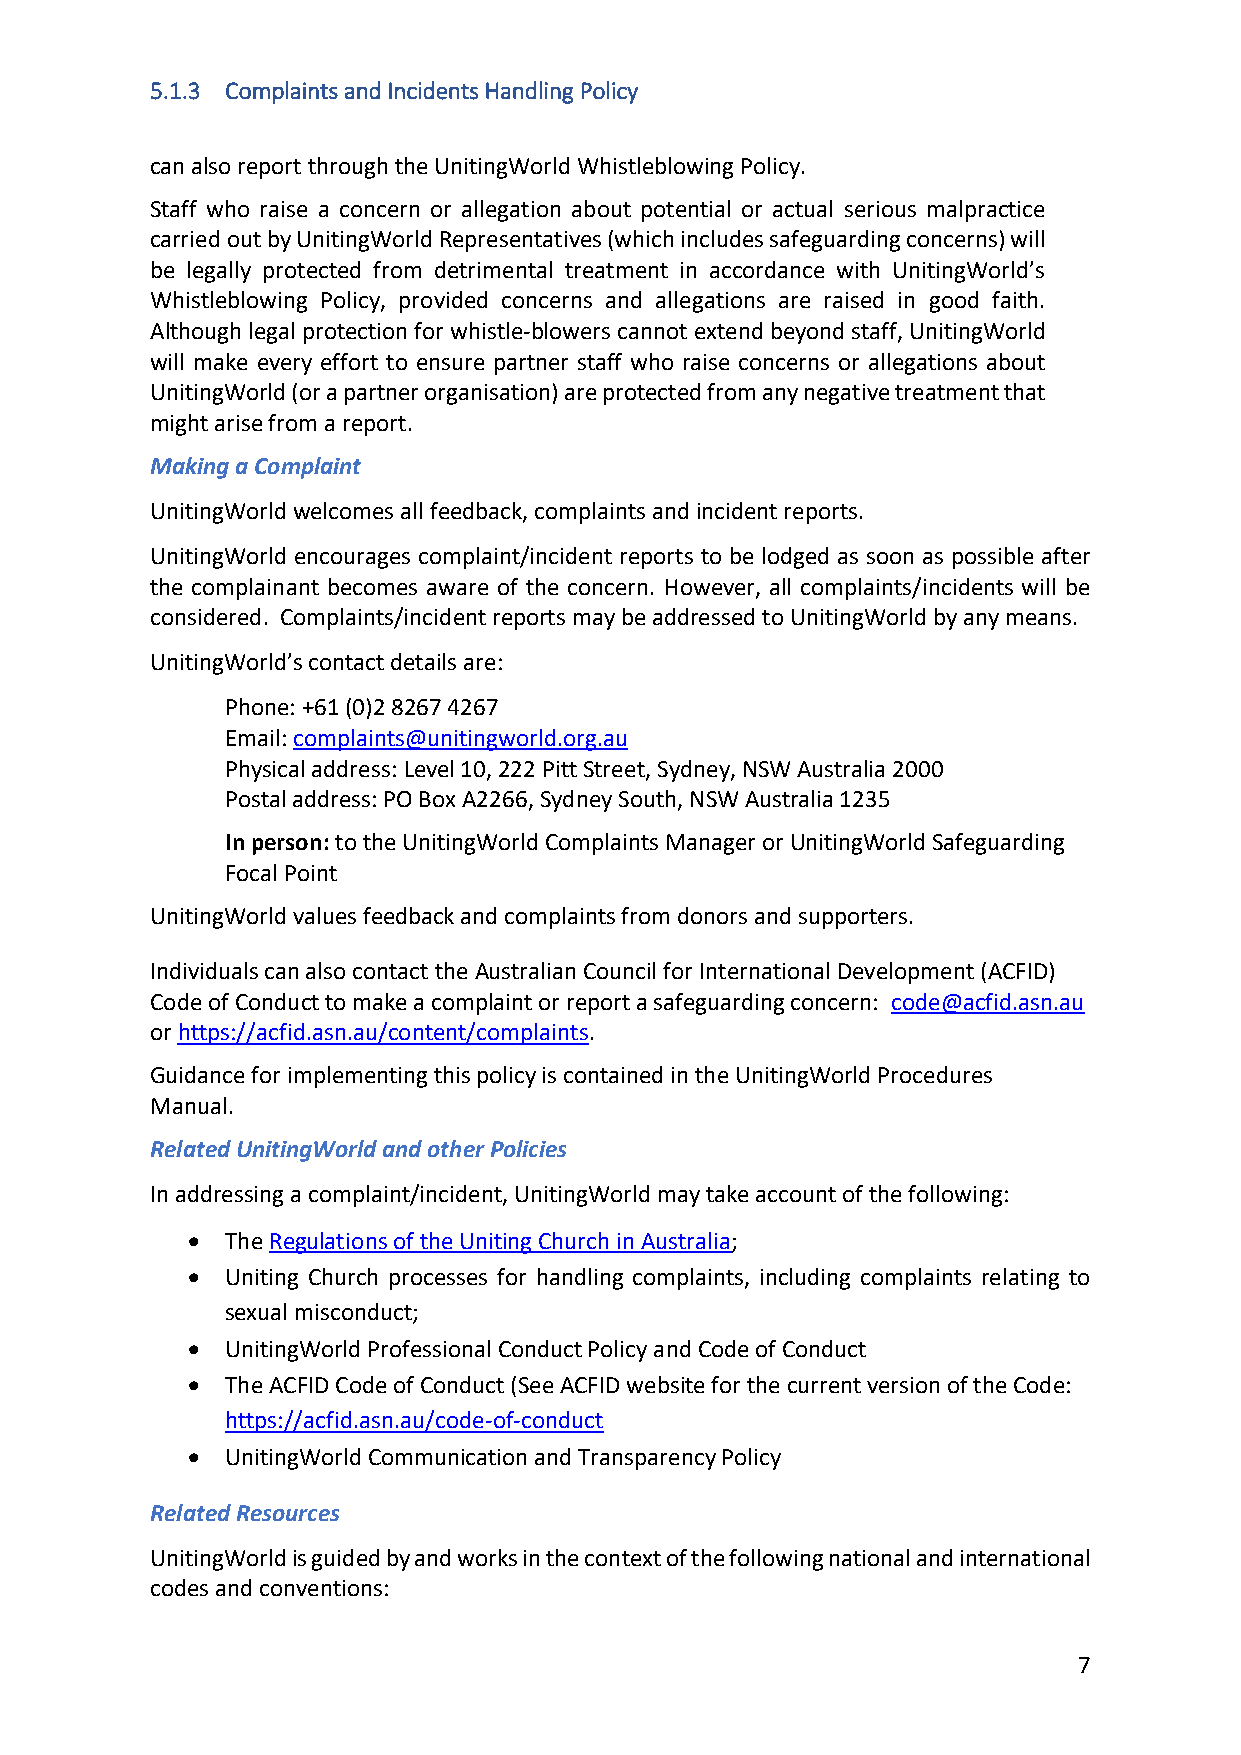
5.1.3 Complaints and Incidents Handling Policy
 can also report through the UnitingWorld Whistleblowing Policy.
 Staff who raise a concern or allegation about potential or actual serious malpractice
 carried out by UnitingWorld Representatives (which includes safeguarding concerns) will
 be legally protected from detrimental treatment in accordance with UnitingWorld’s
 Whistleblowing Policy, provided concerns and allegations are raised in good faith.
 Although legal protection for whistle-blowers cannot extend beyond staff, UnitingWorld
 will make every effort to ensure partner staff who raise concerns or allegations about
 UnitingWorld (or a partner organisation) are protected from any negative treatment that
 might arise from a report.
 Making a Complaint
 UnitingWorld welcomes all feedback, complaints and incident reports.
 UnitingWorld encourages complaint/incident reports to be lodged as soon as possible after
 the complainant becomes aware of the concern. However, all complaints/incidents will be
 considered. Complaints/incident reports may be addressed to UnitingWorld by any means.
 UnitingWorld’s contact details are:
 Phone: +61 (0)2 8267 4267
 Email: complaints@unitingworld.org.au
 Physical address: Level 10, 222 Pitt Street, Sydney, NSW Australia 2000
 Postal address: PO Box A2266, Sydney South, NSW Australia 1235
 In person: to the UnitingWorld Complaints Manager or UnitingWorld Safeguarding
 Focal Point
 UnitingWorld values feedback and complaints from donors and supporters.
 Individuals can also contact the Australian Council for International Development (ACFID)
 Code of Conduct to make a complaint or report a safeguarding concern: code@acfid.asn.au
 or https://acfid.asn.au/content/complaints.
 Guidance for implementing this policy is contained in the UnitingWorld Procedures
 Manual.
 Related UnitingWorld and other Policies
 In addressing a complaint/incident, UnitingWorld may take account of the following:
 •  The Regulations of the Uniting Church in Australia;
 •  Uniting Church processes for handling complaints, including complaints relating to
 sexual misconduct;
 •  UnitingWorld Professional Conduct Policy and Code of Conduct
 •  The ACFID Code of Conduct (See ACFID website for the current version of the Code:
 https://acfid.asn.au/code-of-conduct
 •  UnitingWorld Communication and Transparency Policy
 Related Resources
 UnitingWorld is guided by and works in the context of the following national and international
 codes and conventions:
 7